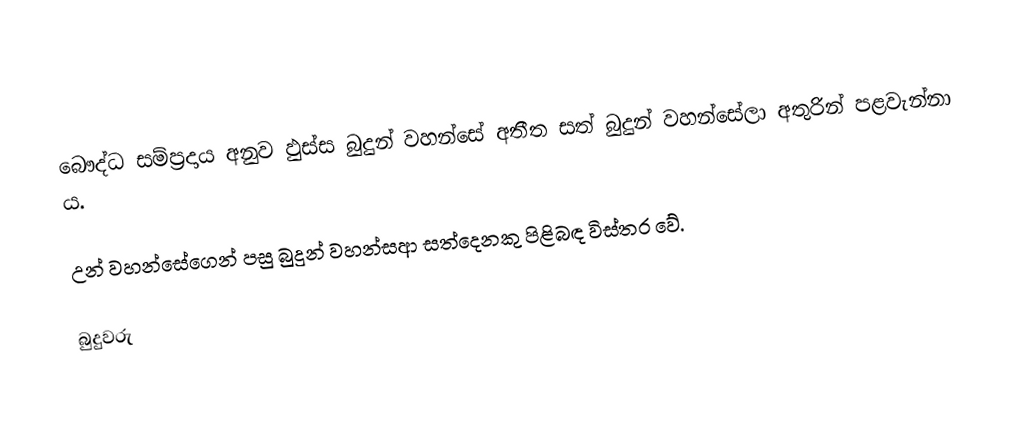
බෞද්ධ සම්ප්‍රදාය අනුව ඵුස්ස බුදුන් වහන්සේ අතීත සත් බුදුන් වහන්සේලා අතුරින් පළවැන්නා ය.

උන් වහන්සේගෙන් පසු බුදුන් වහන්සආ සත්දෙනකු පිළිබඳ විස්තර වේ.

බුදුවරු